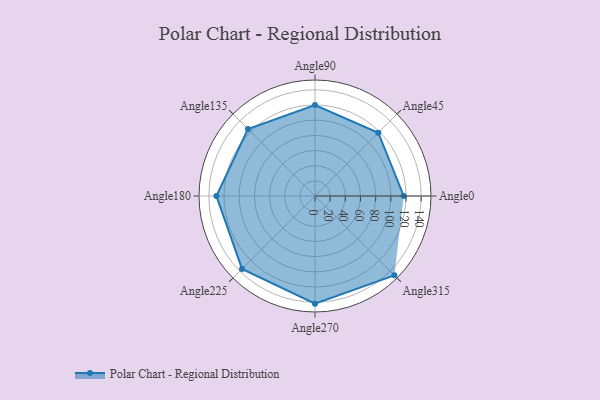
{"axis": {"x": "Angle", "y": "Radius"}, "legend": [""], "data": [{"x": "Angle0", "y": 117.0, "type": ""}, {"x": "Angle45", "y": 118.0, "type": ""}, {"x": "Angle90", "y": 120.0, "type": ""}, {"x": "Angle135", "y": 125.0, "type": ""}, {"x": "Angle180", "y": 130.0, "type": ""}, {"x": "Angle225", "y": 136.0, "type": ""}, {"x": "Angle270", "y": 142.0, "type": ""}, {"x": "Angle315", "y": 148.0, "type": ""}]}